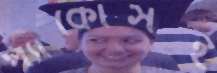
প্যাকোসহ